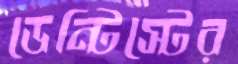
ডেন্টিস্টের